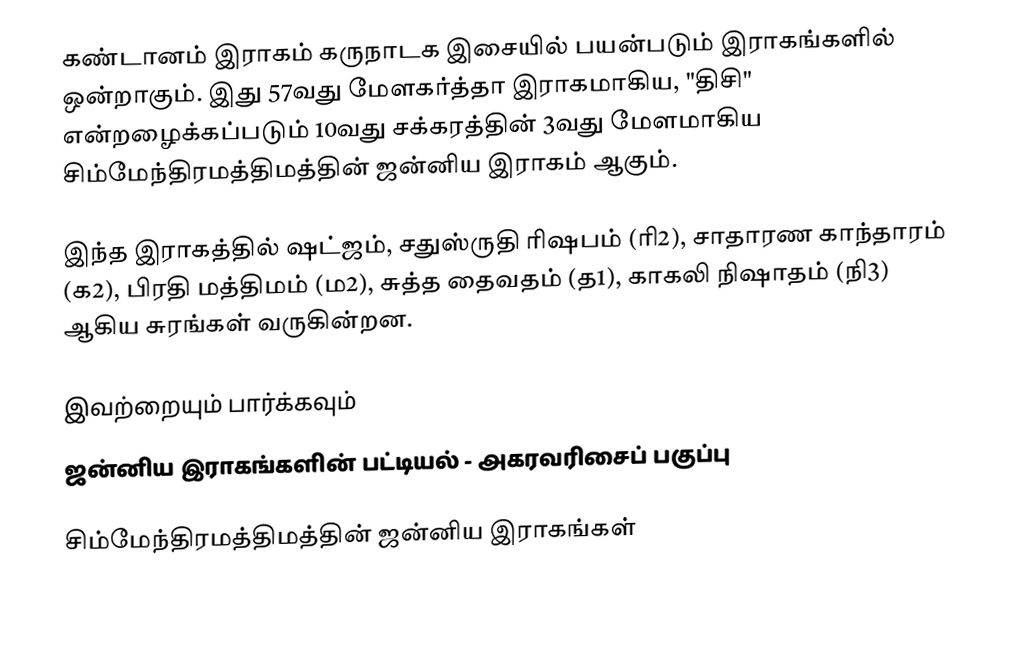
கண்டானம் இராகம் கருநாடக இசையில் பயன்படும் இராகங்களில் ஒன்றாகும். இது 57வது மேளகர்த்தா இராகமாகிய, "திசி" என்றழைக்கப்படும் 10வது சக்கரத்தின் 3வது மேளமாகிய சிம்மேந்திரமத்திமத்தின் ஜன்னிய இராகம் ஆகும்.

இந்த இராகத்தில் ஷட்ஜம், சதுஸ்ருதி ரிஷபம் (ரி2),  சாதாரண காந்தாரம் (க2), பிரதி மத்திமம் (ம2), சுத்த தைவதம் (த1), காகலி நிஷாதம்  (நி3) ஆகிய சுரங்கள் வருகின்றன.

இவற்றையும் பார்க்கவும்
 ஜன்னிய இராகங்களின் பட்டியல் - அகரவரிசைப் பகுப்பு

சிம்மேந்திரமத்திமத்தின் ஜன்னிய இராகங்கள்